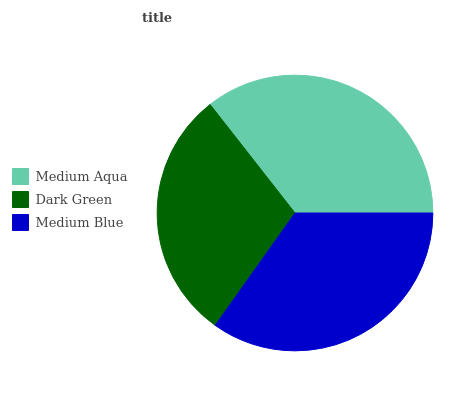
| Medium Aqua | Dark Green | Medium Blue |
 | --- | --- | --- |
 | 35.6% | 29.6% | 34.8% |